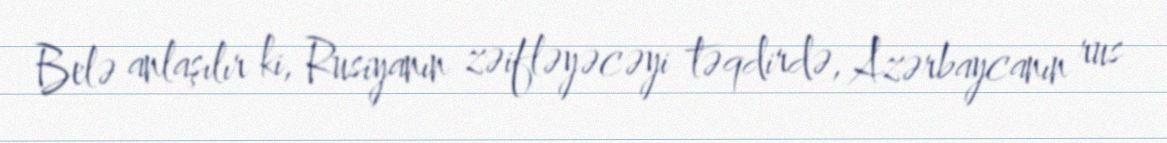
Belə anlaşılır ki, Rusiyanın zəifləyəcəyi təqdirdə, Azərbaycanın rus